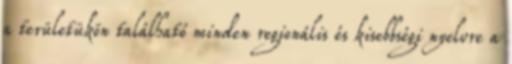
a területükön található minden regionális és kisebbségi nyelvre a